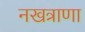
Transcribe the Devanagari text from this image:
नखत्राणा